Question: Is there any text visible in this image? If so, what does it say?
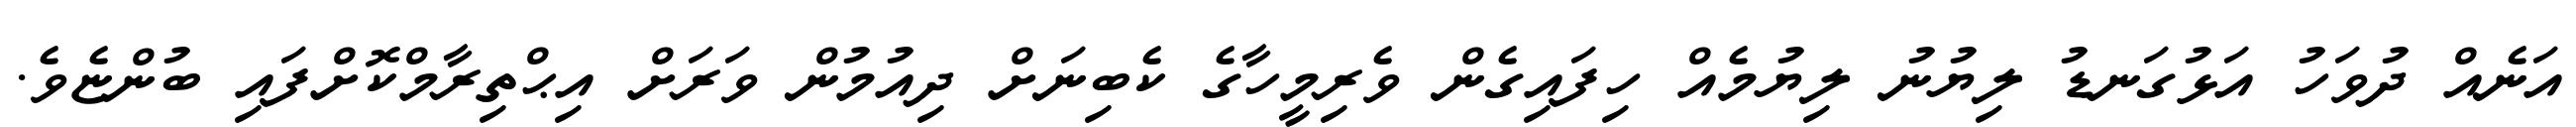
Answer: އަނެއް ދުވަހު އަޅުގަނޑު ލިޔުނު ލިޔުމެއް ހިފައިގެން ވެރިމީހާގެ ކެބިނަށް ދިއުމުން ވަރަށް އިޙްތިރާމްކޮށްފައި ބުންޏެވެ.